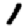
Digit: 1